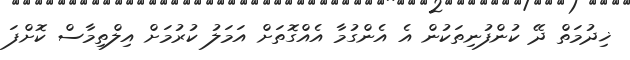
ޚިދުމަތް ދޭ ކުންފުނިތަކުން އެ އެންގުމާ އެއްގޮތަށް އަމަލު ކުރުމަށް އިލްތިމާސް ކޮށްފަ